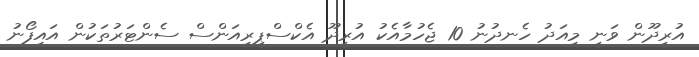
އުރީދޫން ވަނީ މިއަދު ހެނދުނު 10 ޖެހުމާއެކު އުރީދޫ އެކްސްޕީރިއަންސް ސެންޓަރުތަކުން އައިފޯނު